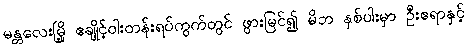
မန္တလေးမြို့ ဧချိုင့်ဝါးတန်းရပ်ကွက်တွင် ဖွားမြင်၍ မိဘ နှစ်ပါးမှာ ဦးဧရာနှင့်